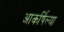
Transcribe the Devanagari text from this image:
आकर्षिल्या